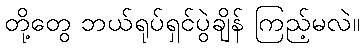
တို့တွေ ဘယ်ရုပ်ရှင်ပွဲချိန် ကြည့်မလဲ။